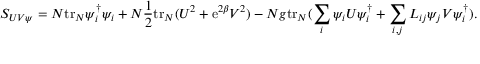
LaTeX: S _ { U V \psi } = N \mathrm { t r } _ { N } \psi _ { i } ^ { \dagger } \psi _ { i } + N \frac { 1 } { 2 } \mathrm { t r } _ { N } ( U ^ { 2 } + \mathrm { e } ^ { 2 \beta } V ^ { 2 } ) - N g \mathrm { t r } _ { N } ( \sum _ { i } \psi _ { i } U \psi _ { i } ^ { \dagger } + \sum _ { i , j } L _ { i j } \psi _ { j } V \psi _ { i } ^ { \dagger } ) .